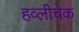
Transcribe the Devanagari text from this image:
हव्लीचेक